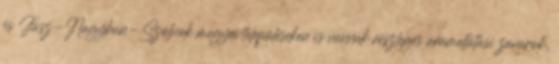
és Jász-Nagykun-Szolnok megyei településeken is vannak részleges áramellátási zavarok,